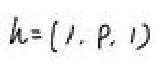
\(h=(1,p,1)\)